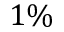
1 \%